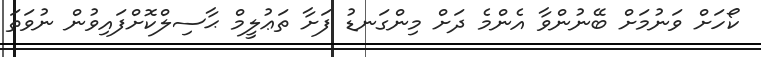
ކޯހަށް ވަނުމަށް ބޭނުންވާ އެންމެ ދަށް މިންގަނޑު ފަށާ ތަޢުލީމް ޙާސިލްކޮށްފައިވުން ނުވަތަ